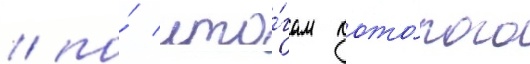
/ по́ ито́гам кото́рого